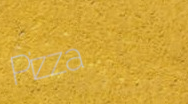
Pizza